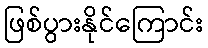
ဖြစ်ပွားနိုင်ကြောင်း